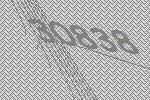
30838